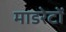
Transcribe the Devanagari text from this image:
माडरेटों